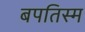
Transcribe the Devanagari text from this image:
बपतिस्म